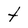
Character: t